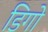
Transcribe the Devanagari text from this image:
डिगो